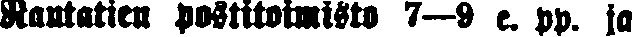
Rautatien postitoimisto 7—9 e. pp. ja